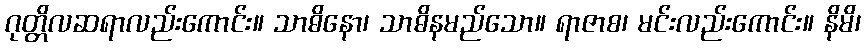
ဂုတ္တိလဆရာလည်းကောင်း။ သာဓိနော၊ သာဓိနမည်သော။ ရာဇာစ၊ မင်းလည်းကောင်း။ နိမိ၊